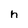
Character: h